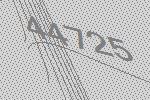
44725